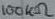
Text: 100KΩ